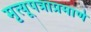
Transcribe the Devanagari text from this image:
मृत्यूपत्राप्रमाणे